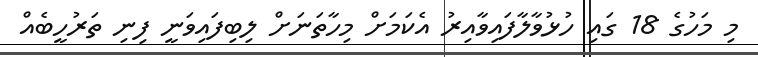
މި މަހުގެ 18 ގައި ހުޅުވާލާފައިވާއިރު އެކަމަށް މިހާތަނަށް ލިބިފައިވަނީ ފިނި ތަރުހީބެއް